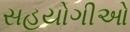
સહયોગીઓ